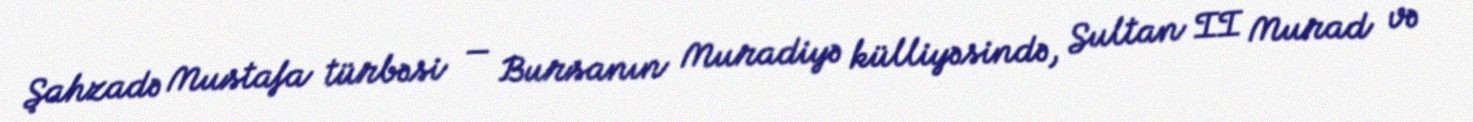
Şahzadə Mustafa türbəsi — Bursanın Muradiyə külliyəsində, Sultan II Murad və